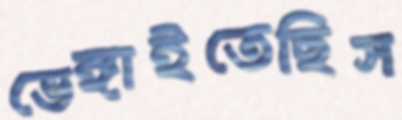
ভেঙ্গাইতেছিস